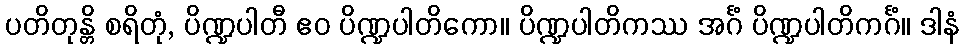
ပတိတုန္တိ စရိတုံ, ပိဏ္ဍပါတီ ဧဝ ပိဏ္ဍပါတိကော။ ပိဏ္ဍပါတိကဿ အင်္ဂံ ပိဏ္ဍပါတိကင်္ဂံ။ ဒါနံ